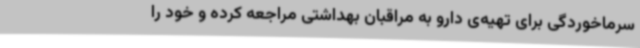
سرماخوردگی برای تهیه‌ی دارو به مراقبان بهداشتی مراجعه کرده و خود را